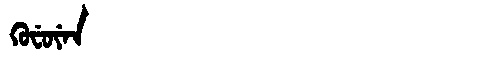
Manchu: ᡴᡠᠸᡠᠶᡝᠨ
Romanization: KUFUYEN